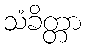
သံခိတ္တာ